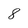
Character: 8